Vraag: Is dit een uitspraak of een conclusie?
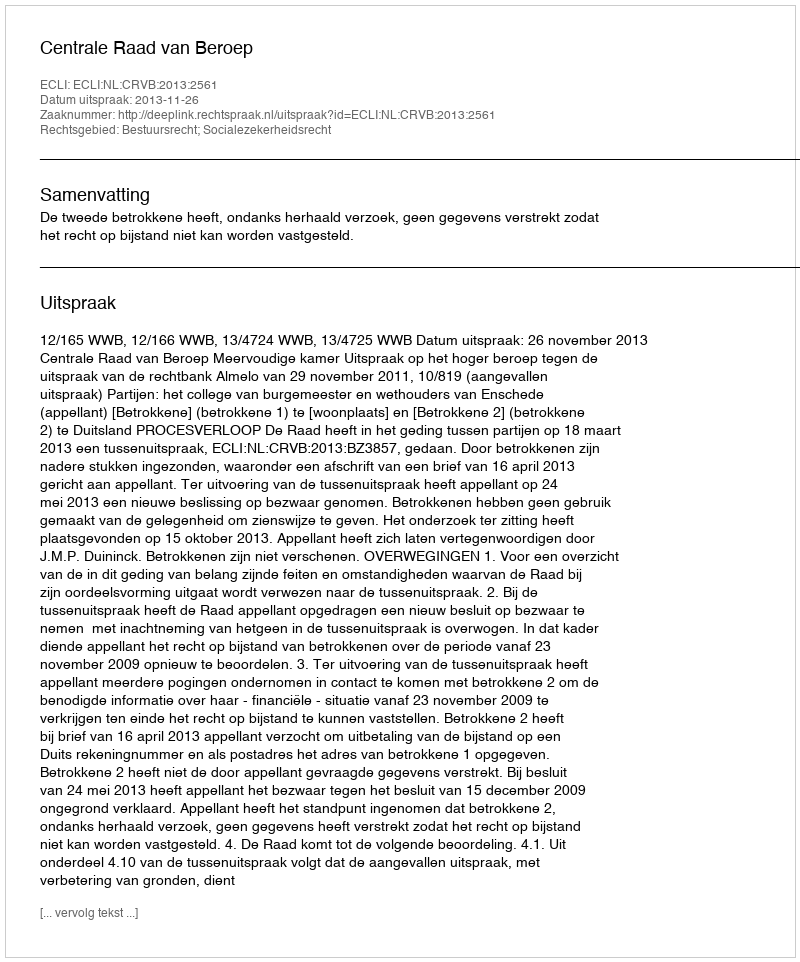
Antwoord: Uitspraak